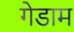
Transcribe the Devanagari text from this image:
गेडाम